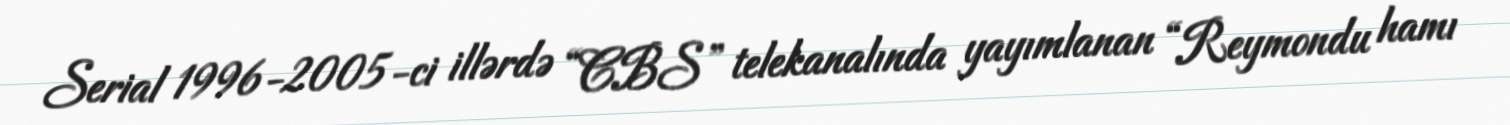
Serial 1996-2005-ci illərdə “CBS” telekanalında yayımlanan “Reymondu hamı